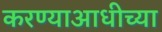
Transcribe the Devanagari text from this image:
करण्याआधीच्या